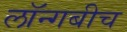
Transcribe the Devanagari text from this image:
लॉन्गबीच